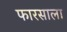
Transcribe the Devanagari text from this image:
फारसाला